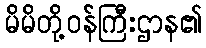
မိမိတို့ဝန်ကြီးဌာန၏